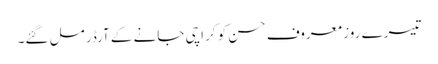
تیسرے روز معروف حسن کو کراچی جانے کے آرڈر مل گئے۔